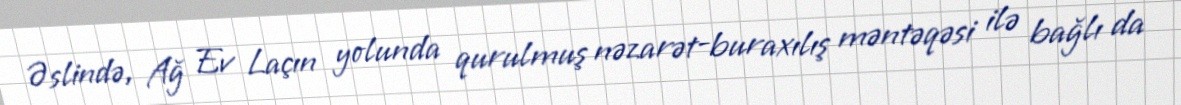
Əslində, Ağ Ev Laçın yolunda qurulmuş nəzarət-buraxılış məntəqəsi ilə bağlı da